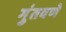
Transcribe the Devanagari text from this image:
गुंतवणे